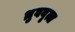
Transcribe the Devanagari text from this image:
ध्रुववृत्त